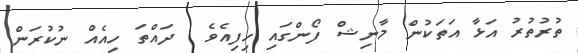
ތުރުތުރު އަޅާ އަތަކުން މާނިޝް ފޯންގައި ހިފިއެވެ  ދައްތަ ހިއެއް ނުކުރަން